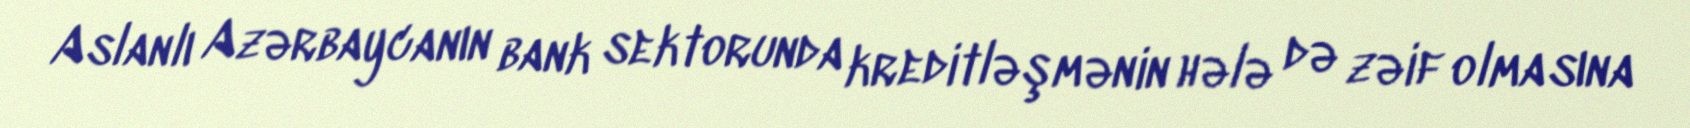
Aslanlı Azərbaycanın bank sektorunda kreditləşmənin hələ də zəif olmasına